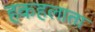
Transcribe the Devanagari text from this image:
हकहलाता